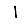
Digit: 1